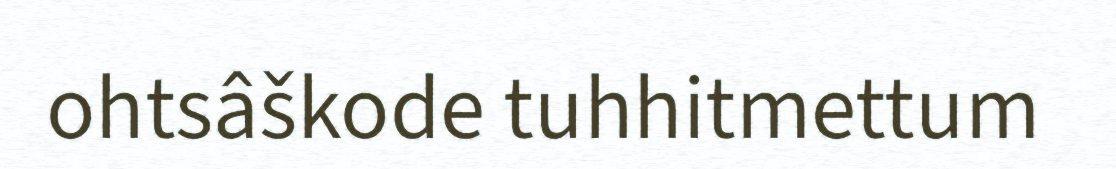
ohtsâškode tuhhitmettum